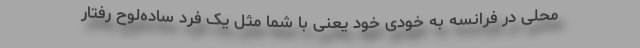
محلی در فرانسه به خودی خود یعنی با شما مثل یک فرد ساده‌لوح رفتار